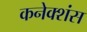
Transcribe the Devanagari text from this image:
कनेक्‍शंस